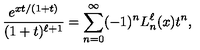
\frac { e ^ { x t / ( 1 + t ) } } { ( 1 + t ) ^ { \ell + 1 } } = \sum _ { n = 0 } ^ { \infty } ( - 1 ) ^ { n } L _ { n } ^ { \ell } ( x ) t ^ { n } ,